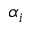
\alpha _ { i }